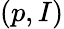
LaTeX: (p,I)